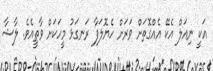
އަކީ ނިއަލް އެކޭ އެއްގޮތަށް ވަރަށް ހެޔޮލަފާ ރަނގަޅު މީހަކަށް ވާތީއެވެ. ލާޝާ